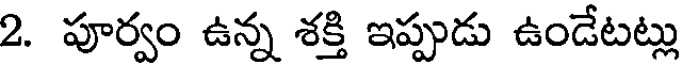
2. పూర్వం ఉన్న శక్తి ఇప్పుడు ఉండేటట్లు